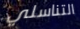
التناسلي